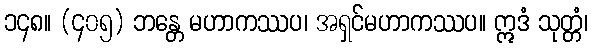
၁၄၈။ (၄၀၅) ဘန္တေ မဟာကဿပ၊ အရှင်မဟာကဿပ။ ဣဒံ သုတ္တံ၊